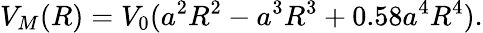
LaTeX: V_{M}(R)=V_{0}(a^{2}R^{2}-a^{3}R^{3}+0.58a^{4}R^{4}).